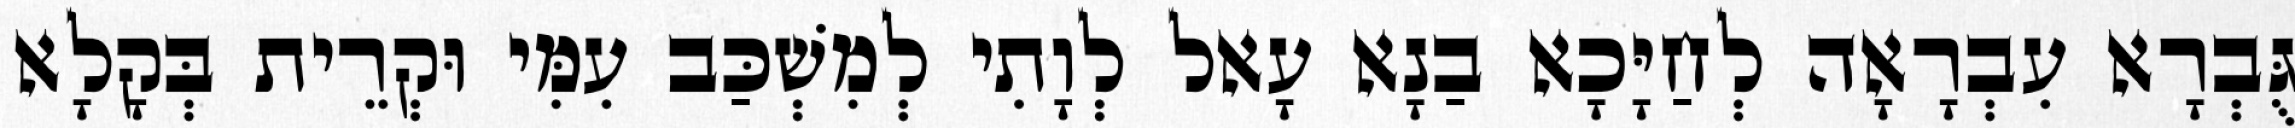
גֻּבְרָא עִבְרָאָה לְחַיָּכָא בַנָא עָאל לְוָתִי לְמִשְׁכַּב עִמִּי וּקְרֵית בְּקָלָא